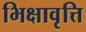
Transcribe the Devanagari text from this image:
भिक्षावृत्ति